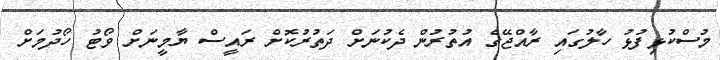
މުސްކުޅިފުޅު ހާލުގައި ރާއްޖޭގެ އުތުރުން ދެކުނަށް ދަތުރުކޮށް ރައީސް ޔާމީނަށް ވޯޓު ހޯދުމަށް